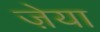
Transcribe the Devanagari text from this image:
ज़ेया